Leaving Certificate Examination, 1916
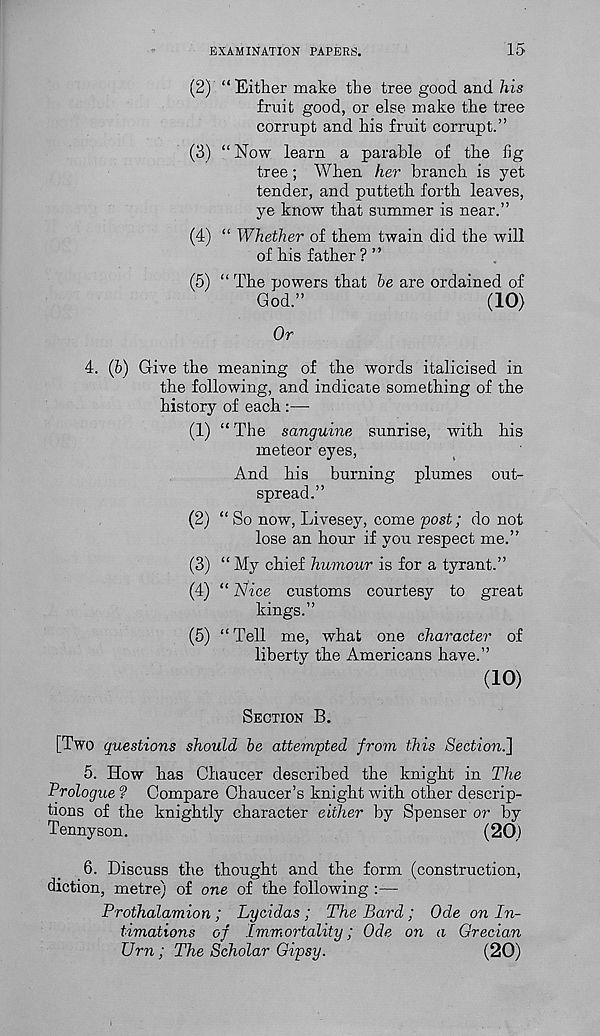
EXAMINATION PAPERS.
15
(2) “Either make the tree good and his
fruit good, or else make the tree
corrupt and his fruit corrupt.”
(3) “Now learn a parable of the fig
tree; When her branch is yet
tender, and putteth forth leaves,
ye know that summer is near.”
(4) “ Whether of them twain did the will
of his father ? ”
(5) “ The powers that he are ordained of
God.”
(10)
Or
4. (h) Give the meaning of the words italicised in
the following, and indicate something of the
history of each :—
(1) “ The sanguine sunrise, with his
meteor eyes,
And his burning plumes out-
spread.”
(2) “ So now, Livesey, come 'post; do not
lose an hour if you respect me.”
(3) “ My chief humour is for a tyrant.”
(4) “ Nice customs courtesy to great
kings.”
(5) “ Tell me, what one character of
liberty the Americans have.”
(10)
SECTION B.
[Two questions should he attempted from this Section.}
5. How has Chaucer described the knight in The
Prologue ? Compare Chaucer’s knight with other descrip-
tions of the knightly character either by Spenser or by
Tennyson.
(20)
6. Discuss the thought and the form (construction,
diction, metre) of one of the following :—
Prothalamion; Lycidas ; The Bard; Ode on In-
timations of Immortality; Ode on a Grecian
Urn ; The Scholar Gipsy.
(20)